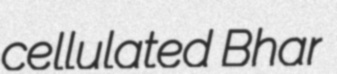
cellulated Bhar